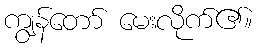
ကျွန်တော် မေးလိုက်၏။